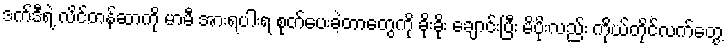
ဒက်ဒီရဲ့ လိင်တန်ဆာကို မာမီ အားရပါးရ စုတ်ပေးခဲ့တာတွေကို ခိုးခိုး ချောင်းပြီး မိပိုးလည်း ကိုယ်တိုင်လက်တွေ့